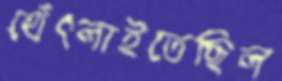
থেঁৎলাইতেছিল